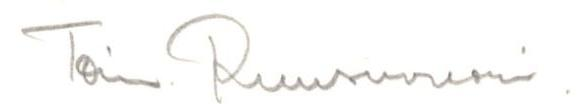
Toim Ruusuvuori